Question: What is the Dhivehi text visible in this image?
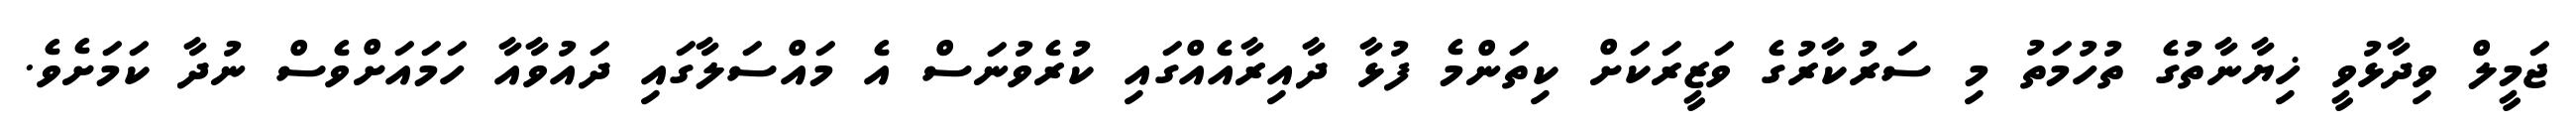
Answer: ޖަމީލް ވިދާޅުވީ ޚިޔާނާތުގެ ތުހުމަތު މި ސަރުކާރުގެ ވަޒީރަކަށް ކިތަންމެ ފުޅާ ދާއިރާއެއްގައި ކުރެވުނަސް އެ މައްސަލާގައި ދައުވާއާ ހަމައަށްވެސް ނުދާ ކަމަށެވެ.